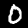
Label: 0